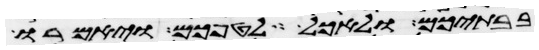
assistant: בבתיכם ולאכל לטפכם ויאמרו